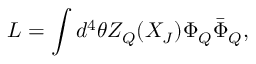
{ \cal { L } } = \int d ^ { 4 } \theta Z _ { Q } ( X _ { J } ) \Phi _ { Q } \bar { \Phi } _ { Q } ,